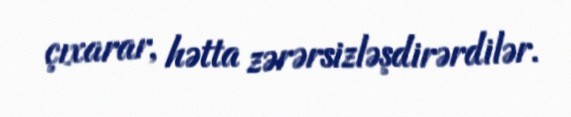
çıxarar, hətta zərərsizləşdirərdilər.